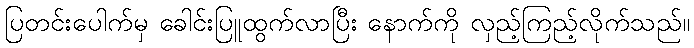
ပြတင်းပေါက်မှ ခေါင်းပြူထွက်လာပြီး နောက်ကို လှည့်ကြည့်လိုက်သည်။